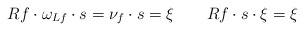
\begin{align*} {R}f\cdot{}\omega_{Lf}\cdot{}s=\nu_f\cdot{}s=\xi\qquad{R}f\cdot{}s\cdot{}\xi=\xi\end{align*}